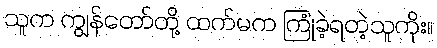
သူက ကျွန်တော်တို့ ထက်မက ကြုံခဲ့ရတဲ့သူကိုး။